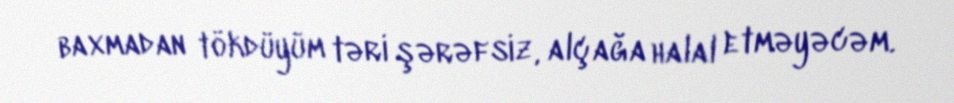
baxmadan tökdüyüm təri şərəfsiz, alçağa halal etməyəcəm.